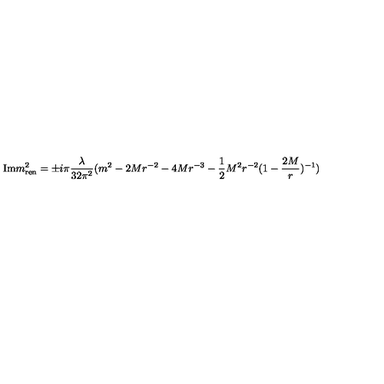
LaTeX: \mathrm { I m } m _ { \mathrm { r e n } } ^ { 2 } = \pm i \pi \frac { \lambda } { 3 2 \pi ^ { 2 } } ( m ^ { 2 } - 2 M r ^ { - 2 } - 4 M r ^ { - 3 } - \frac { 1 } { 2 } M ^ { 2 } r ^ { - 2 } ( 1 - \frac { 2 M } { r } ) ^ { - 1 } )